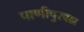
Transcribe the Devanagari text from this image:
पाणीपुरवढा